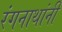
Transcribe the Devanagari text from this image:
रंगनाथांनी